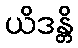
ယိဒန္တိ